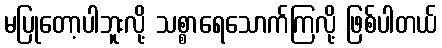
မပြုတော့ပါဘူးလို့ သစ္စာရေသောက်ကြလို့ ဖြစ်ပါတယ်